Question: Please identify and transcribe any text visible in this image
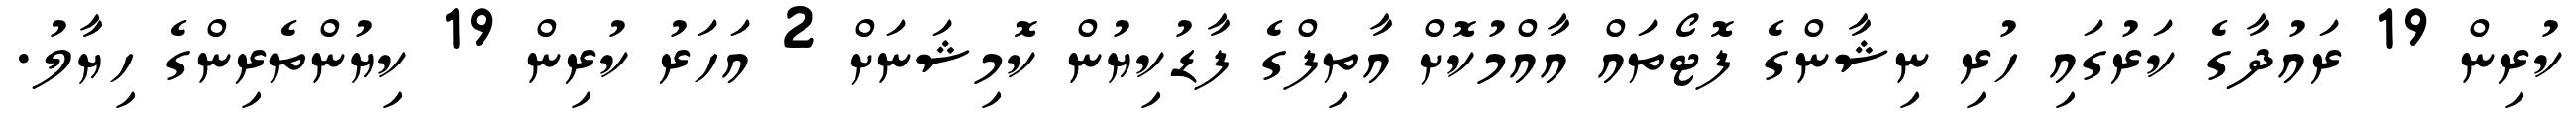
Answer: ކުރިން 19 ރައުދާގެ ކަރުގައި ހުރި ނިޝާންގެ ފޮޓޯތައް އާއްމުކޮށް އާތިފްގެ ފާޑުކިޔުން ކޮމިޝަނަށް 2 އަހަރު ކުރިން 19 ކިޔުންތެރިންގެ ހިޔާލު.